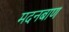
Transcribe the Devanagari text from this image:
मदनबाण